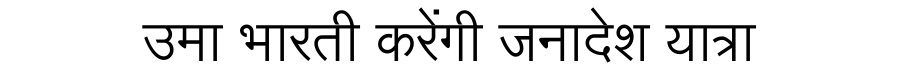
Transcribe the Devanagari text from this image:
उमा भारती करेंगी जनादेश यात्रा